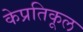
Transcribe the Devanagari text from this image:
केप्रतिकूल